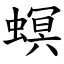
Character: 螟